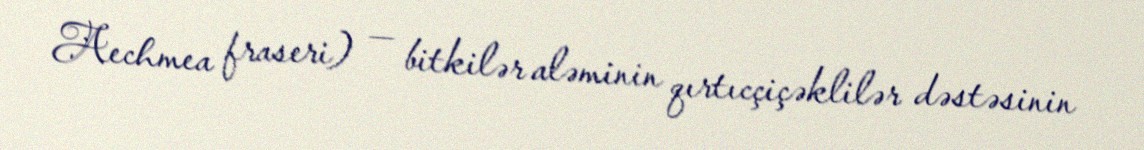
Aechmea fraseri) — bitkilər aləminin qırtıcçiçəklilər dəstəsinin